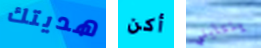
هديتك أكن ينتابني